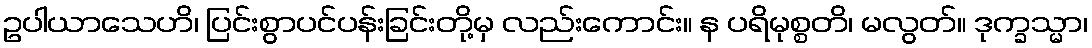
ဥပါယာသေဟိ၊ ပြင်းစွာပင်ပန်းခြင်းတို့မှ လည်းကောင်း။ န ပရိမုစ္စတိ၊ မလွတ်။ ဒုက္ခသ္မာ၊